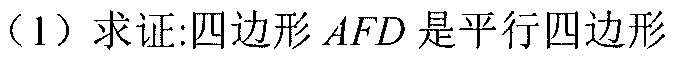
（1）求证:四边形 \(AFD\) 是平行四边形